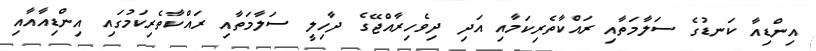
އިންޑިއާ ކަނޑުގެ ސަލާމަތާއި ރައްކާތެރިކަމާއި އަދި ދިވެހިރާއްޖޭގެ ދާހިލީ ސަލާމަތާއި ރައްކާތެރިކަމުގައި އިންޑިއާއާއި